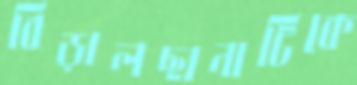
বিড়ালছানাটিকে